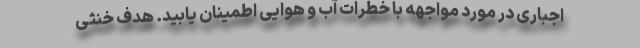
اجباری در مورد مواجهه با خطرات آب و هوایی اطمینان یابید. هدف خنثی